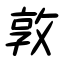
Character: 敦